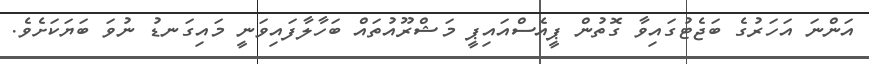
އަންނަ އަހަރުގެ ބަޖެޓުގައިވާ ގޮތުން ޕީއެސްއައިޕީ މަޝްރޫއުތައް ބަހާލާފައިވަނީ މައިގަނޑު ނުވަ ބަޔަކަށެވެ.